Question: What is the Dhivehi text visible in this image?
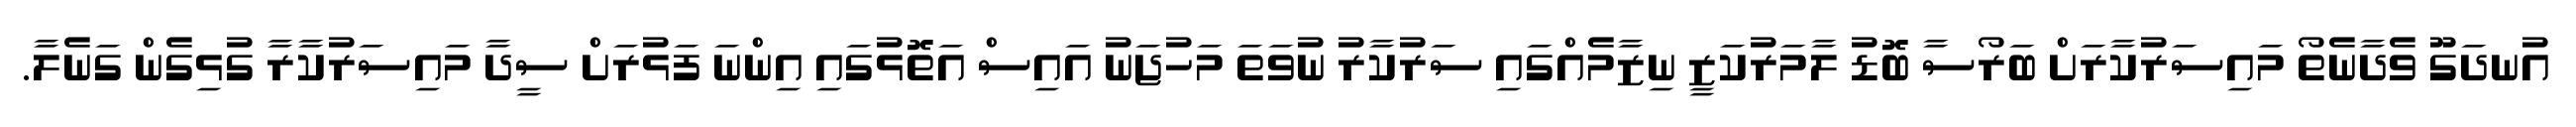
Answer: އުނދަގޫ ވެދާނެތޯ މައިސަރުކާރަށް ބަރޯސާ ބޮޑު ލާމަރުކަޒީ ނިޒާމެއްގައި ސަރުކާރު ނުވަތަ މަހުޖަނު އައިސް އަތޮޅުގައި އިންނަ ފަޅުރަށް ސީދާ މައިސަރުކާރާ ގުޅިގެން ގަނެލާ.